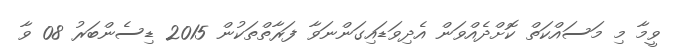
ވީމާ މި މަސައްކަތް ކޮށްދެއްވަން އެދިވަޑައިގަންނަވާ ފަރާތްތަކުން 2015 ޑިސެންބަރު 08 ވާ